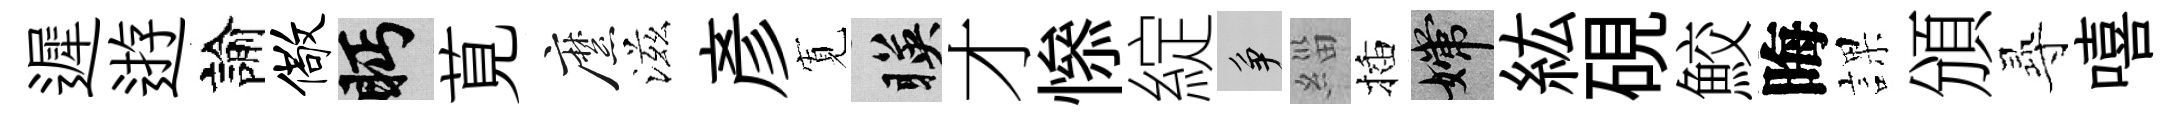
遲逰諭儆眄莧縻滋彥𡩖暎才𢡖綻争緇插嫦紘硯鮫晦課頒𡬶嘻